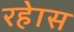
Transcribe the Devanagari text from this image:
रहेास